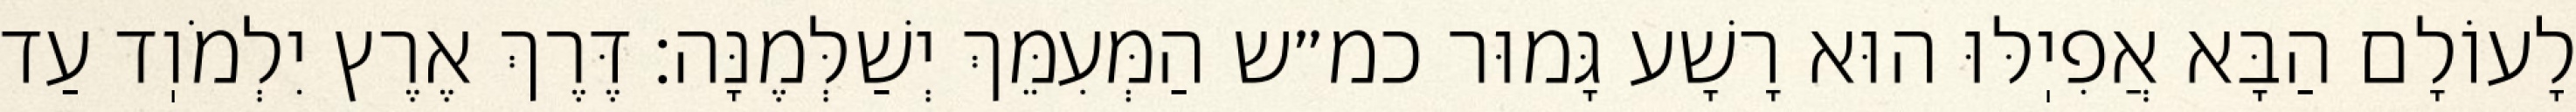
לָעוֹלָם הַבָּא אֲפִיֽלּוּ הוּא רָשָׁע גָּמוּר כמ״ש הַמְּעִמֵּךְ יְשַׁלְּמֶנָּה: דֶּרֶךְ אֶרֶץ יִלְמֹוֽד עַד